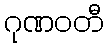
ဂုဏဝတီ